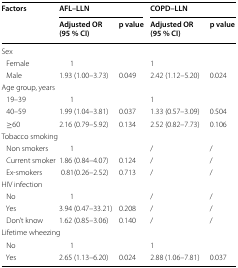
<table><thead><tr><td rowspan="2"><b>Factors</b></td><td colspan="2"><b>AFL–LLN</b></td><td colspan="2"><b>COPD–LLN</b></td></tr><tr><td><b>Adjusted OR (95 % CI)</b></td><td><b>p value</b></td><td><b>Adjusted OR (95 % CI)</b></td><td><b>p value</b></td></tr></thead><tbody><tr><td colspan="5">Sex</td></tr><tr><td> Female</td><td>1</td><td></td><td>1</td><td></td></tr><tr><td> Male</td><td>1.93 (1.00–3.73)</td><td>0.049</td><td>2.42 (1.12–5.20)</td><td>0.024</td></tr><tr><td colspan="5">Age group, years</td></tr><tr><td> 19–39</td><td>1</td><td></td><td>1</td><td></td></tr><tr><td> 40–59</td><td>1.99 (1.04–3.81)</td><td>0.037</td><td>1.33 (0.57–3.09)</td><td>0.504</td></tr><tr><td> ≥60</td><td>2.16 (0.79–5.92)</td><td>0.134</td><td>2.52 (0.82–7.73)</td><td>0.106</td></tr><tr><td colspan="5">Tobacco smoking</td></tr><tr><td> Non smokers</td><td>1</td><td></td><td>/</td><td>/</td></tr><tr><td> Current smoker</td><td>1.86 (0.84–4.07)</td><td>0.124</td><td>/</td><td>/</td></tr><tr><td> Ex-smokers</td><td>0.81(0.26–2.52)</td><td>0.713</td><td>/</td><td>/</td></tr><tr><td colspan="5">HIV infection</td></tr><tr><td> No</td><td>1</td><td></td><td>/</td><td>/</td></tr><tr><td> Yes</td><td>3.94 (0.47–33.21)</td><td>0.208</td><td>/</td><td>/</td></tr><tr><td> Don’t know</td><td>1.62 (0.85–3.06)</td><td>0.140</td><td>/</td><td>/</td></tr><tr><td colspan="5">Lifetime wheezing</td></tr><tr><td> No</td><td>1</td><td></td><td>1</td><td></td></tr><tr><td> Yes</td><td>2.65 (1.13–6.20)</td><td>0.024</td><td>2.88 (1.06–7.81)</td><td>0.037</td></tr></tbody></table>